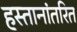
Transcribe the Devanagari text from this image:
हस्तानांतरित